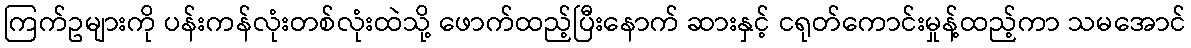
ကြက်ဥများကို ပန်းကန်လုံးတစ်လုံးထဲသို့ ဖောက်ထည့်ပြီးနောက် ဆားနှင့် ငရုတ်ကောင်းမှုန့်ထည့်ကာ သမအောင်